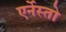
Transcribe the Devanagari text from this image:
एर्नेस्तो